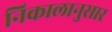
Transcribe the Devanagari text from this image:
निकालानुसार